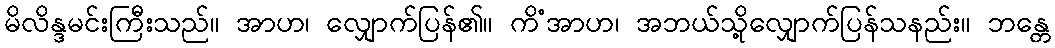
မိလိန္ဒမင်းကြီးသည်။ အာဟ၊ လျှောက်ပြန်၏။ ကိံအာဟ၊ အဘယ်သို့လျှောက်ပြန်သနည်း။ ဘန္တေ